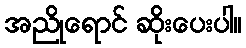
အညိုရောင် ဆိုးပေးပါ။